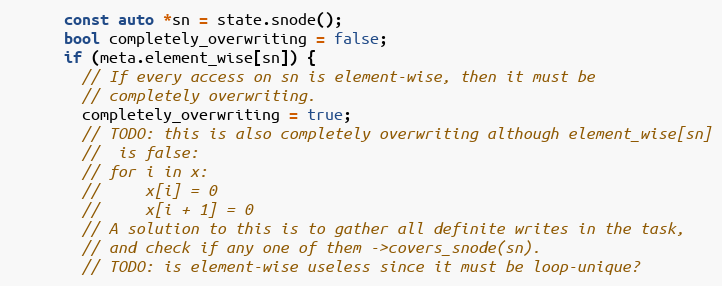
Language: C++
      const auto *sn = state.snode();
      bool completely_overwriting = false;
      if (meta.element_wise[sn]) {
        // If every access on sn is element-wise, then it must be
        // completely overwriting.
        completely_overwriting = true;
        // TODO: this is also completely overwriting although element_wise[sn]
        //  is false:
        // for i in x:
        //     x[i] = 0
        //     x[i + 1] = 0
        // A solution to this is to gather all definite writes in the task,
        // and check if any one of them ->covers_snode(sn).
        // TODO: is element-wise useless since it must be loop-unique?